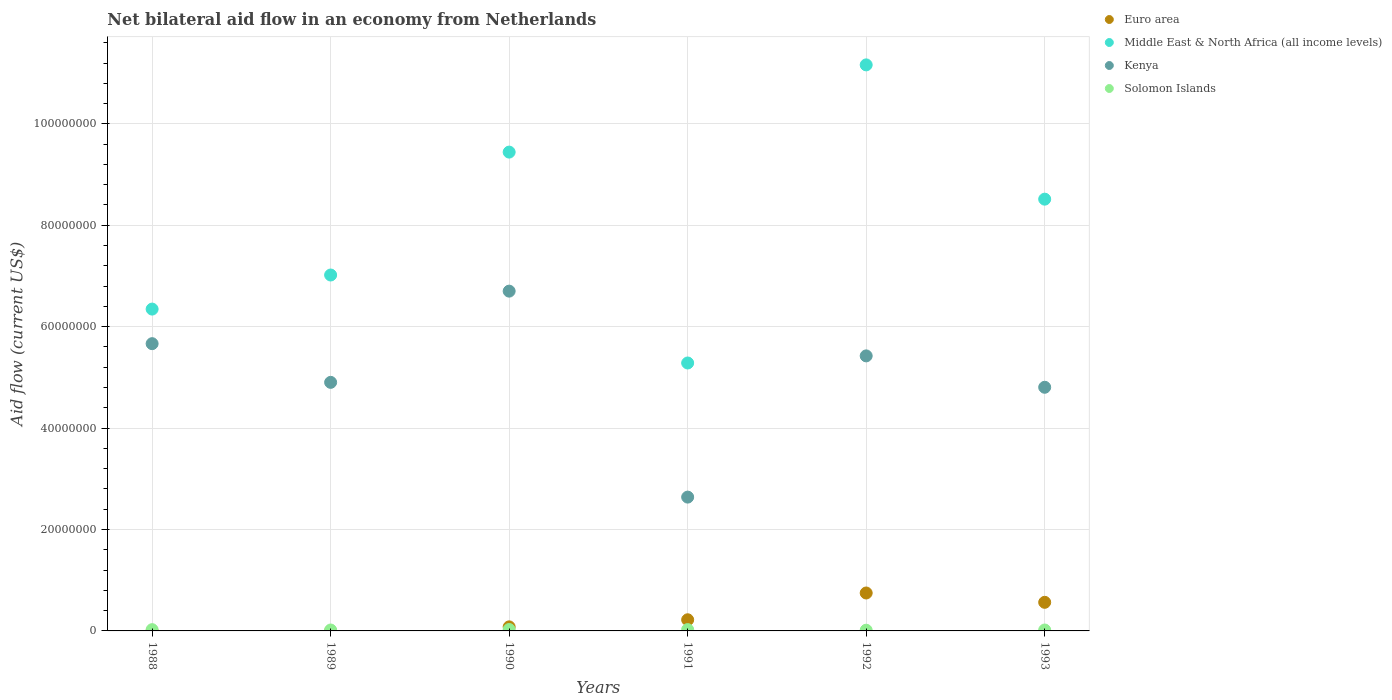
| Years | Euro area | Middle East & North Africa (all income levels) | Kenya | Solomon Islands |
 | --- | --- | --- | --- | --- |
 | 1988 | -3e+04 | 6.35e+07 | 5.66e+07 | 2.5e+05 |
 | 1989 | -4e+04 | 7.02e+07 | 4.9e+07 | 1.8e+05 |
 | 1990 | 8e+05 | 9.44e+07 | 6.7e+07 | 2.8e+05 |
 | 1991 | 2.2e+06 | 5.28e+07 | 2.64e+07 | 2.6e+05 |
 | 1992 | 7.48e+06 | 1.12e+08 | 5.42e+07 | 1.4e+05 |
 | 1993 | 5.64e+06 | 8.52e+07 | 4.80e+07 | 1.8e+05 |